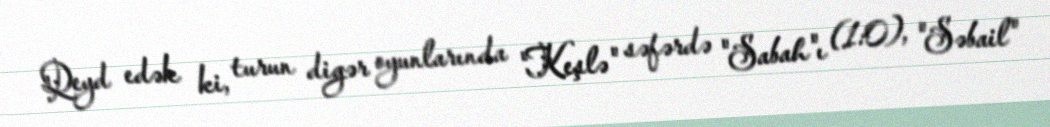
Qeyd edək ki, turun digər oyunlarında "Keşlə" səfərdə "Sabah"ı (1:0), "Səbail"